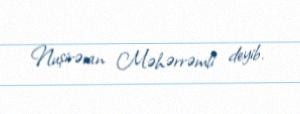
Nuşirəvan Məhərrəmli deyib.